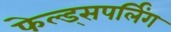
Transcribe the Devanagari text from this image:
फेल्ड्सपर्लिंग